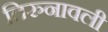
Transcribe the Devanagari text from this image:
तिरुनावली